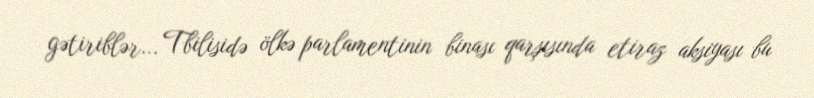
gətiriblər... Tbilisidə ölkə parlamentinin binası qarşısında etiraz aksiyası bu